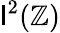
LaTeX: \mathsf{l}^{2}(\mathbb{{Z}})